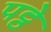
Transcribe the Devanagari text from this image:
पट्ठे